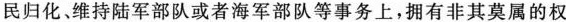
民归化、维持陆军部队或者海军部队等事务上，拥有非其莫属的权